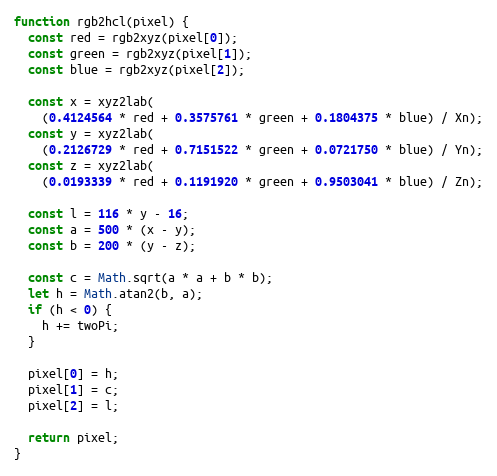
Language: JavaScript
function rgb2hcl(pixel) {
  const red = rgb2xyz(pixel[0]);
  const green = rgb2xyz(pixel[1]);
  const blue = rgb2xyz(pixel[2]);

  const x = xyz2lab(
    (0.4124564 * red + 0.3575761 * green + 0.1804375 * blue) / Xn);
  const y = xyz2lab(
    (0.2126729 * red + 0.7151522 * green + 0.0721750 * blue) / Yn);
  const z = xyz2lab(
    (0.0193339 * red + 0.1191920 * green + 0.9503041 * blue) / Zn);

  const l = 116 * y - 16;
  const a = 500 * (x - y);
  const b = 200 * (y - z);

  const c = Math.sqrt(a * a + b * b);
  let h = Math.atan2(b, a);
  if (h < 0) {
    h += twoPi;
  }

  pixel[0] = h;
  pixel[1] = c;
  pixel[2] = l;

  return pixel;
}